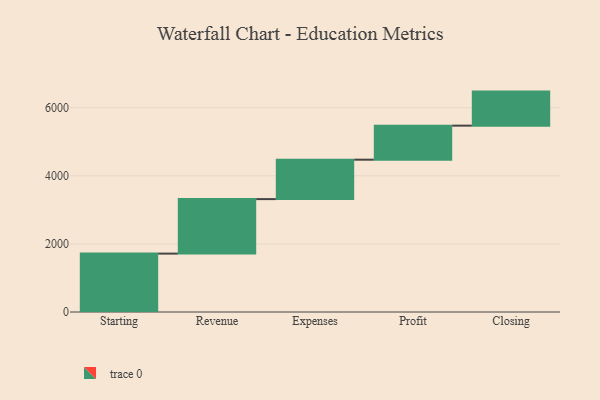
{"axis": {"x": "Step", "y": "Value"}, "legend": [""], "data": [{"x": "Starting", "y": 1715.0, "type": ""}, {"x": "Revenue", "y": 1601.0, "type": ""}, {"x": "Expenses", "y": 1158.0, "type": ""}, {"x": "Profit", "y": 1000, "type": ""}, {"x": "Closing", "y": 1000, "type": ""}]}